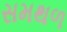
સમથળ